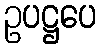
ဥပဋ္ဌပေ